Reports on military cantonments and civil stations in the Presidency of Bombay inspected by the Sanitary Commissioner in the years 1875 and 1876
Year: 1875
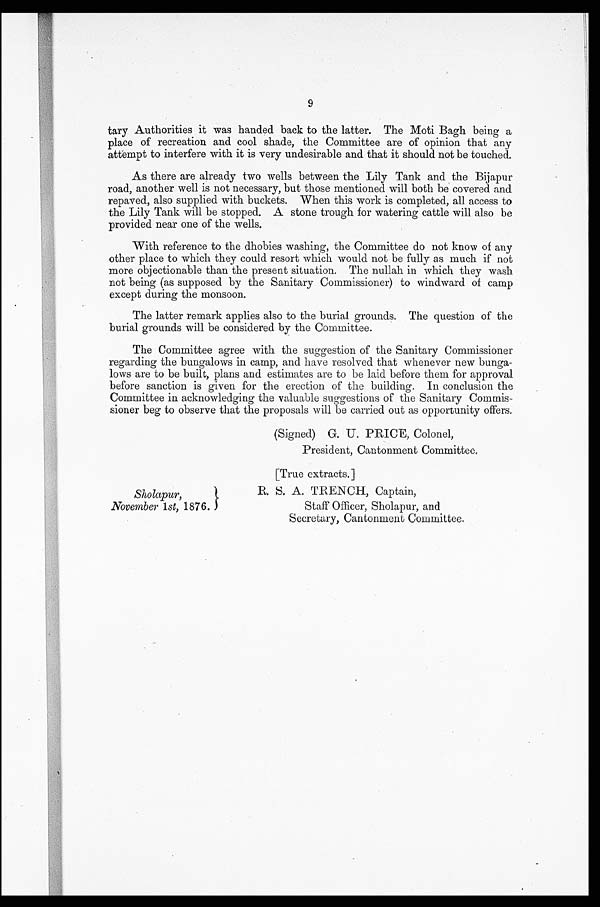
9
tary Authorities it was handed back to the latter. The Moti Bagh being a
place of recreation and cool shade, the Committee are of opinion that any
attempt to interfere with it is very undesirable and that it should not be touched.
As there are already two wells between the Lily Tank and the Bijapur
road, another well is not necessary, but those mentioned will both be covered and
repaved, also supplied with buckets. When this work is completed, all access to
the Lily Tank will be stopped. A stone trough for watering cattle will also be
provided near one of the wells.
With reference to the dhobies washing, the Committee do not know of any
other place to which they could resort which would not be fully as much if not
more objectionable than the present situation. The nullah in which they wash
not being (as supposed by the Sanitary Commissioner) to windward of camp
except during the monsoon.
The latter remark applies also to the burial grounds. The question of the
burial grounds will be considered by the Committee.
The Committee agree with the suggestion of the Sanitary Commissioner
regarding the bungalows in camp, and have resolved that whenever new bunga-
lows are to be built, plans and estimates are to be laid before them for approval
before sanction is given for the erection of the building. In conclusion the
Committee in acknowledging the valuable suggestions of the Sanitary Commis-
sioner beg to observe that the proposals will be carried out as opportunity offers.
(Signed) G. U. PRICE, Colonel,
President, Cantonment Committee.
[True extracts.]
Sholapur, B. S. A. TRENCH, Captain,
November 1st, 1876.
Staff Officer, Sholapur, and
Secretary, Cantonment Committee.